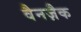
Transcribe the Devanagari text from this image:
वैनज़ैक